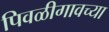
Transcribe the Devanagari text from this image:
पिवळीगावच्या